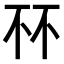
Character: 𫠭